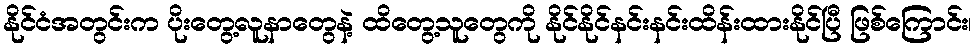
နိုင်ငံအတွင်းက ပိုးတွေ့လူနာတွေနဲ့ ထိတွေ့သူတွေကို နိုင်နိုင်နင်းနင်းထိန်းထားနိုင်ပြီ ဖြစ်ကြောင်း၊